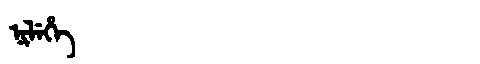
Manchu: ᠨᡳᠯᡝᡥᡝ
Romanization: NILEHE